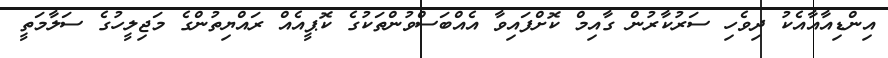
އިންޑިއާއާއެކު ދިވެހި ސަރުކާރުން ގާއިމް ކޮށްފައިވާ އެއްބަސްވުންތަކުގެ ކޮޕީއެއް ރައްޔިތުންގެ މަޖިލީހުގެ ސަލާމަތީ